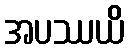
အပဿယိ